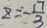
z = - \frac { 1 7 } { 3 }